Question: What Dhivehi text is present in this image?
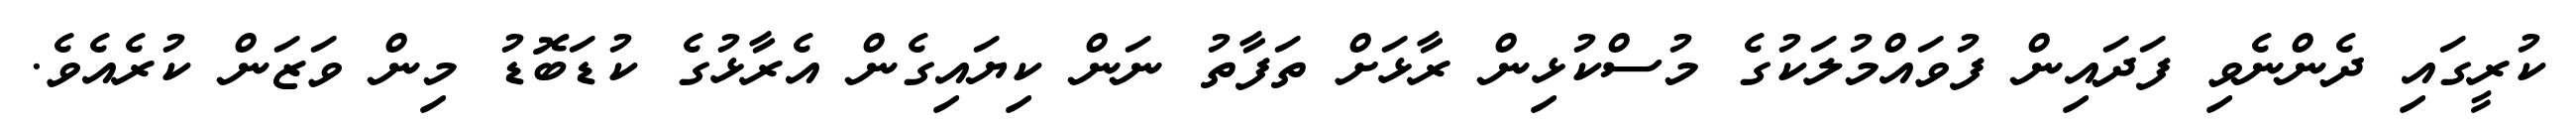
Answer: ކުރީގައި ދެންނެވި ފަދައިން ފުވައްމުލަކުގެ މުސްކުޅިން ރާޅަށް ތަފާތު ނަން ކިޔައިގެން އެރާޅުގެ ކުޑަބޮޑު މިން ވަޒަން ކުރެއެވެ.